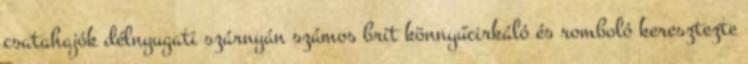
csatahajók délnyugati szárnyán számos brit könnyűcirkáló és romboló keresztezte